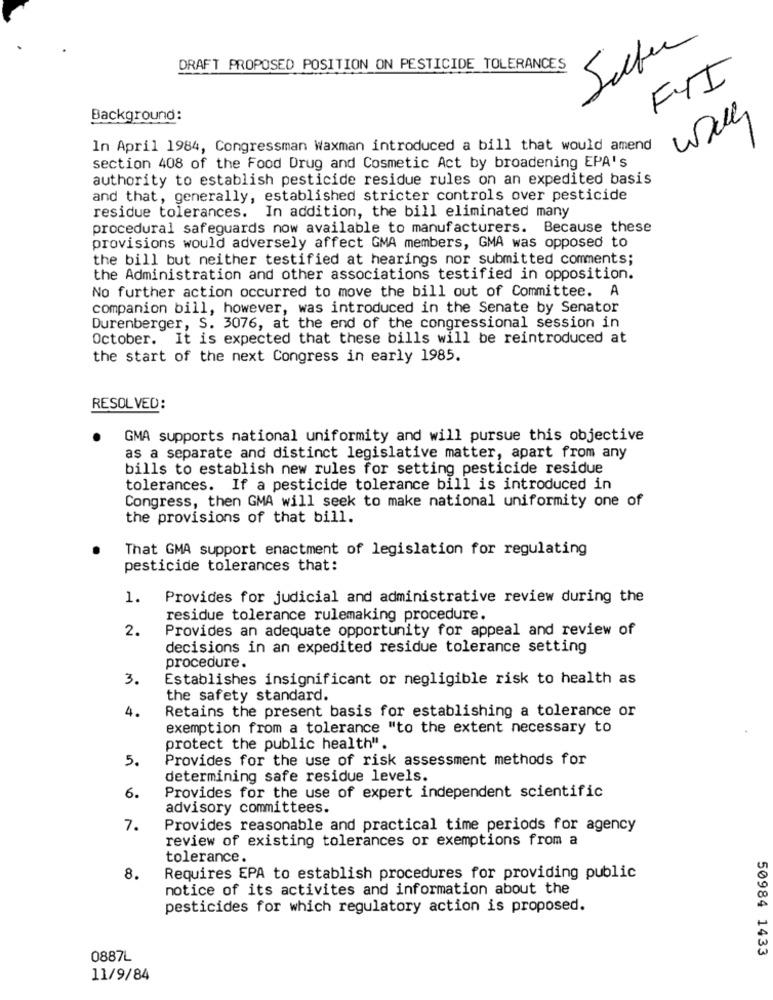
DRAFT PROPOSED POSITION ON PESTICIDE TOLERANCES
FYI
Background:
In April 1984, Congressman Waxman introduced a bill that would amend
section 408 of the Food Drug and Cosmetic Act by broadening EPA's
authority to establish pesticide residue rules on an expedited basis
and that, generally, established stricter controls over pesticide
residue tolerances. In addition, the bill eliminated many
procedural safeguards now available to manufacturers. Because these
provisions would adversely affect GMA members, GMA was opposed to
the bill but neither testified at hearings nor submitted comments;
the Administration and other associations testified in opposition.
No further action occurred to move the bill out of Committee. A
companion bill, however, was introduced in the Senate by Senator
Durenberger, S. 3076, at the end of the congressional session in
October. It is expected that these bills will be reintroduced at
the start of the next Congress in early 1985.
RESOLVED:
GMA supports national uniformity and will pursue this objective
as a separate and distinct legislative matter, apart from any
bills to establish new rules for setting pesticide residue
tolerances. If a pesticide tolerance bill is introduced in
Congress, then GMA will seek to make national uniformity one of
the provisions of that bill.
That GMA support enactment of legislation for regulating
pesticide tolerances that:
1.
Provides for judicial and administrative review during the
residue tolerance rulemaking procedure.
2.
Provides an adequate opportunity for appeal and review of
decisions in an expedited residue tolerance setting
procedure.
3.
Establishes insignificant or negligible risk to health as
the safety standard.
4.
Retains the present basis for establishing a tolerance or
exemption from a tolerance "to the extent necessary to
protect the public health".
5.
Provides for the use of risk assessment methods for
determining safe residue levels.
6.
Provides for the use of expert independent scientific
advisory committees.
7.
Provides reasonable and practical time periods for agency
review of existing tolerances or exemptions from a
tolerance.
8.
Requires EPA to establish procedures for providing public
notice of its activites and information about the
pesticides for which regulatory action is proposed.
0887L
50984 1433
11/9/84